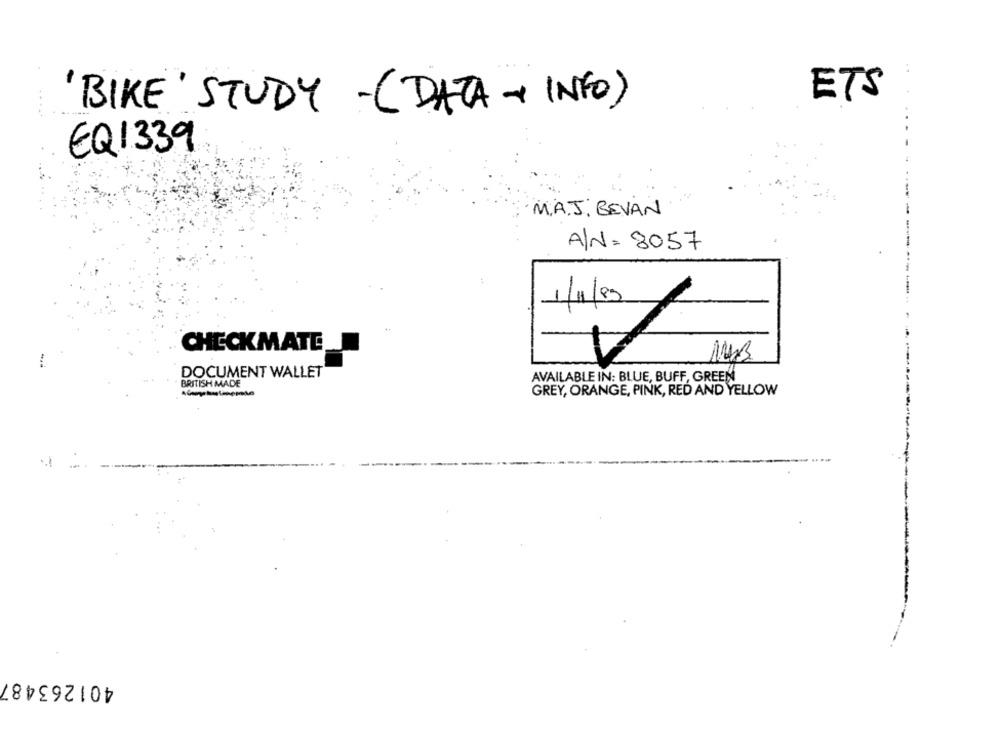
ETS
BIKE' STUDY -(DATA-+ INFO)
EQ1339
M.A.J. BEVAN
A/N= 8057
1/11/89
CHECKMATE
DOCUMENT WALLET
AVAILABLE IN: BLUE, BUFF, GREEN
BRITISH MADE
GREY, ORANGE, PINK, RED AND YELLOW
401263487